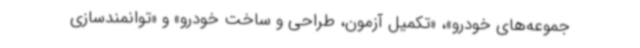
جموعه‌های خودرو»، «تکمیل آزمون، طراحی و ساخت خودرو» و «توانمندسازی